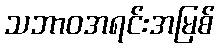
သဘာဝအရင်းအမြစ်